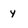
Character: y